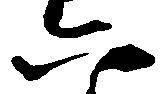
六